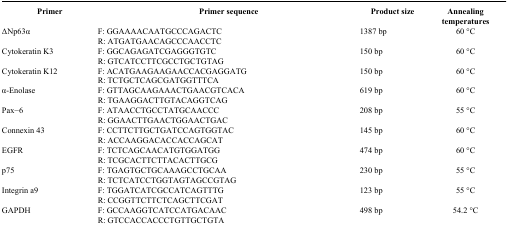
| Primer | Primer sequence | Product size | Annealing temperatures |
 | --- | --- | --- | --- |
 | <ROWSPAN=2> ΔNp63α | F: GGAAAACAATGCCCAGACTC | <ROWSPAN=2> 1387 bp | <ROWSPAN=2> 60 °C |
 | R: ATGATGAACAGCCCAACCTC |
 | <ROWSPAN=2> Cytokeratin K3 | F: GGCAGAGATCGAGGGTGTC | <ROWSPAN=2> 150 bp | <ROWSPAN=2> 60 °C |
 | R: GTCATCCTTCGCCTGCTGTAG |
 | <ROWSPAN=2> Cytokeratin K12 | F: ACATGAAGAAGAACCACGAGGATG | <ROWSPAN=2> 150 bp | <ROWSPAN=2> 60 °C |
 | R: TCTGCTCAGCGATGGTTTCA |
 | <ROWSPAN=2> α-Enolase | F: GTTAGCAAGAAACTGAACGTCACA | <ROWSPAN=2> 619 bp | <ROWSPAN=2> 60 °C |
 | R: TGAAGGACTTGTACAGGTCAG |
 | <ROWSPAN=2> Pax−6 | F: ATAACCTGCCTATGCAACCC | <ROWSPAN=2> 208 bp | <ROWSPAN=2> 55 °C |
 | R: GGAACTTGAACTGGAACTGAC |
 | <ROWSPAN=2> Connexin 43 | F: CCTTCTTGCTGATCCAGTGGTAC | <ROWSPAN=2> 145 bp | <ROWSPAN=2> 60 °C |
 | R: ACCAAGGACACCACCAGCAT |
 | <ROWSPAN=2> EGFR | F: TCTCAGCAACATGTGGATGG | <ROWSPAN=2> 474 bp | <ROWSPAN=2> 60 °C |
 | R: TCGCACTTCTTACACTTGCG |
 | <ROWSPAN=2> p75 | F: TGAGTGCTGCAAAGCCTGCAA | <ROWSPAN=2> 230 bp | <ROWSPAN=2> 55 °C |
 | R: TCTCATCCTGGTAGTAGCCGTAG |
 | <ROWSPAN=2> Integrin a9 | F: TGGATCATCGCCATCAGTTTG | <ROWSPAN=2> 123 bp | <ROWSPAN=2> 55 °C |
 | R: CCGGTTCTTCTCAGCTTCGAT |
 | <ROWSPAN=2> GAPDH | F: GCCAAGGTCATCCATGACAAC | <ROWSPAN=2> 498 bp | <ROWSPAN=2> 54.2 °C |
 | R: GTCCACCACCCTGTTGCTGTA |